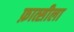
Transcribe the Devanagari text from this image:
फ़ात्सीला